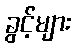
ခွင့်များ